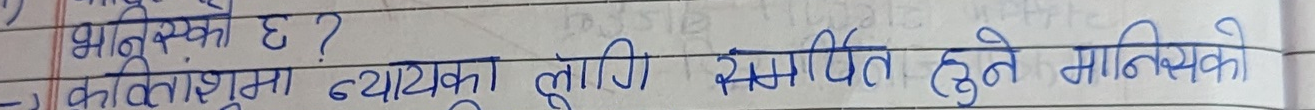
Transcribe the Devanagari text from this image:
भाषिक दक्षता ?
कान्तामा न्यायका लागि स्थापित हुने नागरिको